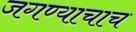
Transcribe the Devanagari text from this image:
जगण्याचाच